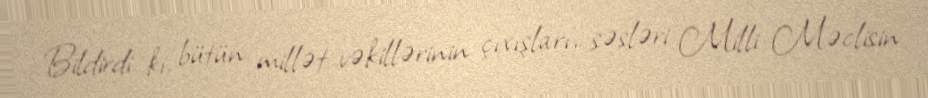
Bildirdi ki, bütün millət vəkillərinin çıxışları, səsləri Milli Məclisin